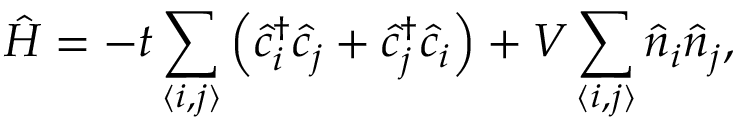
\hat { H } = - t \sum _ { \langle i , j \rangle } \left( \hat { c } _ { i } ^ { \dagger } \hat { c } _ { j } + \hat { c } _ { j } ^ { \dagger } \hat { c } _ { i } \right) + V \sum _ { \langle i , j \rangle } \hat { n } _ { i } \hat { n } _ { j } ,